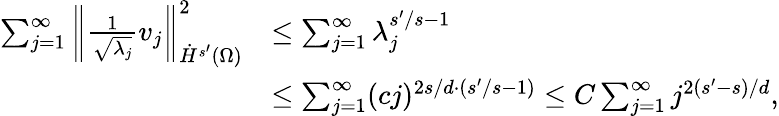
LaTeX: \begin{array}{rl}{\sum_{j=1}^{\infty}\left\| \frac{1}{\sqrt{\lambda_{j}}}v_{j}\right\| _{\dot{H}^{s^{\prime}}(\Omega)}^{2}}&{\le\sum_{j=1}^{\infty}\lambda_{j}^{s^{\prime}/s-1}}\\ &{\le\sum_{j=1}^{\infty}(cj)^{2s/d\cdot(s^{\prime}/s-1)}\le C\sum_{j=1}^{\infty}j^{2(s^{\prime}-s)/d},}\end{array}